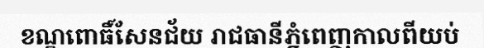
ខណ្ឌពោធិ៍សែនជ័យ រាជធានីភ្នំពេញកាលពីយប់